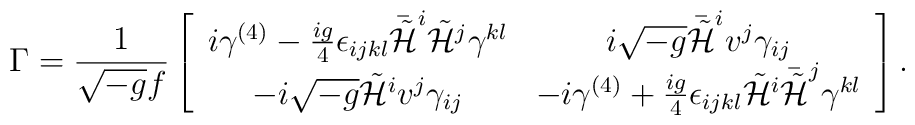
\Gamma = \frac{1}{\sqrt{-g} f} \left[\begin{array}{cc}i \gamma^{(4)} - \frac{ig}{4} \epsilon_{i j k l} \bar{\tilde{\cal H}}^{i} \tilde{\cal H}^{j} \gamma^{k l} &i \sqrt{-g} \bar{\tilde{\cal H}}^{i} v^{j} \gamma_{i j} \\-i \sqrt{-g} \tilde{\cal H}^{i} v^{j} \gamma_{i j} &-i \gamma^{(4)} + \frac{ig}{4} \epsilon_{i j k l} \tilde{\cal H}^{i} \bar{\tilde{\cal H}}^{j} \gamma^{k l}\end{array}\right] .